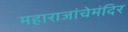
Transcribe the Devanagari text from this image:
महाराजांचेमंदिर